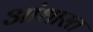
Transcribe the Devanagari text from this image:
आंधारत